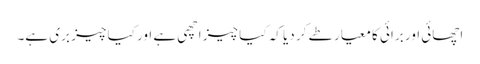
اچھائی اور برائی کا معیار طے کر دیا کہ کیا چیز اچھی ہے اور کیا چیز بری ہے۔